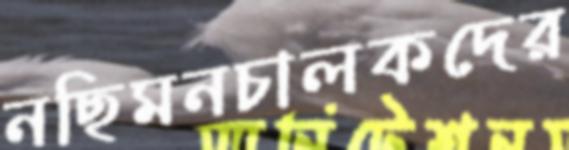
নছিমনচালকদের